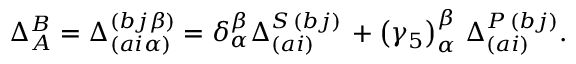
\Delta _ { A } ^ { B } = \Delta _ { \left( a i \alpha \right) } ^ { \left( b j \beta \right) } = \delta _ { \alpha } ^ { \beta } \Delta _ { \left( a i \right) } ^ { S \, \left( b j \right) } \, + \left( \gamma _ { 5 } \right) _ { \alpha } ^ { \beta } \, \Delta _ { \left( a i \right) } ^ { P \, \left( b j \right) } .